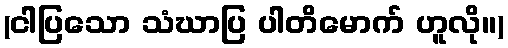
(ငါပြသော သံဃာပြ ပါတိမောက် ဟူလို။)